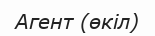
Агент (өкіл)